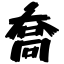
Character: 喬